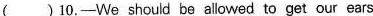
()10.-We should be allowed to get our ears